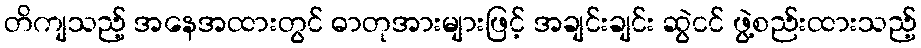
တိကျသည့် အနေအထားတွင် ဓာတုအားများဖြင့် အချင်းချင်း ဆွဲငင် ဖွဲ့စည်းထားသည့်